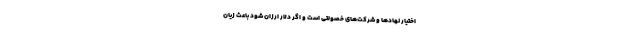
اختیار نهادها و شرکت‌های خصولتی است و اگر دلار ارزان شود باعث زیان